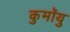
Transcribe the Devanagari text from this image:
कुमॉयु